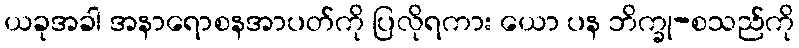
ယခုအခါ အနာရောစနအာပတ်ကို ပြလိုရကား ယော ပန ဘိက္ခု-စသည်ကို